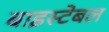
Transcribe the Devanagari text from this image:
बाइस्टेबल